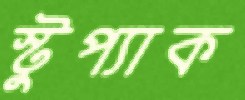
স্টুপ্যাক